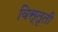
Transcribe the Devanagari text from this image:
विस्तृती